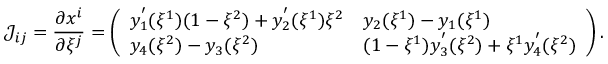
\mathcal { J } _ { i j } = \frac { \partial x ^ { i } } { \partial \xi ^ { j } } = \left( \begin{array} { l l } { y _ { 1 } ^ { ' } ( \xi ^ { 1 } ) ( 1 - \xi ^ { 2 } ) + y _ { 2 } ^ { ' } ( \xi ^ { 1 } ) \xi ^ { 2 } } & { y _ { 2 } ( \xi ^ { 1 } ) - y _ { 1 } ( \xi ^ { 1 } ) } \\ { y _ { 4 } ( \xi ^ { 2 } ) - y _ { 3 } ( \xi ^ { 2 } ) } & { ( 1 - \xi ^ { 1 } ) y _ { 3 } ^ { ' } ( \xi ^ { 2 } ) + \xi ^ { 1 } y _ { 4 } ^ { ' } ( \xi ^ { 2 } ) } \end{array} \right) .